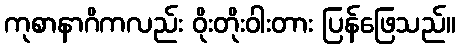
ကုစာနာဂိကလည်း ဝိုးတိုးဝါးတား ပြန်ဖြေသည်။